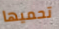
تحميها